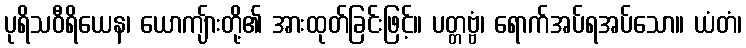
ပုရိသဝီရိယေန၊ ယောကျ်ားတို့၏ အားထုတ်ခြင်းဖြင့်။ ပတ္တဗ္ဗံ၊ ရောက်အပ်ရအပ်သော။ ယံတံ၊